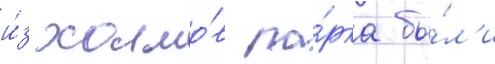
и́з холмо́в па́рка бы́л'и